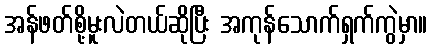
အန်ဖတ်စို့မူးလဲတယ်ဆိုပြီး အကုန်သောက်ရှက်ကွဲမှာ။